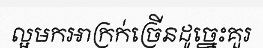
ល្អមកអាក្រក់ច្រើនដូច្នេះគួរ